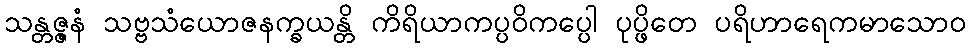
သန္တဇ္ဇနံ သဗ္ဗသံယောဇနက္ခယန္တိ ကိရိယာကပ္ပဝိကပ္ပေါ ပုပ္ဖိတေ ပရိဟာရေကမာသောဝ